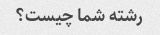
رشته شما چیست؟